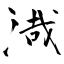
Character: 渽